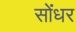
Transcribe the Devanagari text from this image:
सोंधर